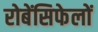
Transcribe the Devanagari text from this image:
रोबेंसिफेलों